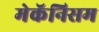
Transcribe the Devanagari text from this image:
मेकॅनिसम